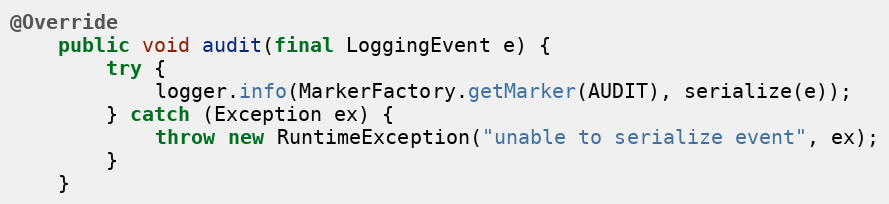
Language: Java
@Override
    public void audit(final LoggingEvent e) {
        try {
            logger.info(MarkerFactory.getMarker(AUDIT), serialize(e));
        } catch (Exception ex) {
            throw new RuntimeException("unable to serialize event", ex);
        }
    }